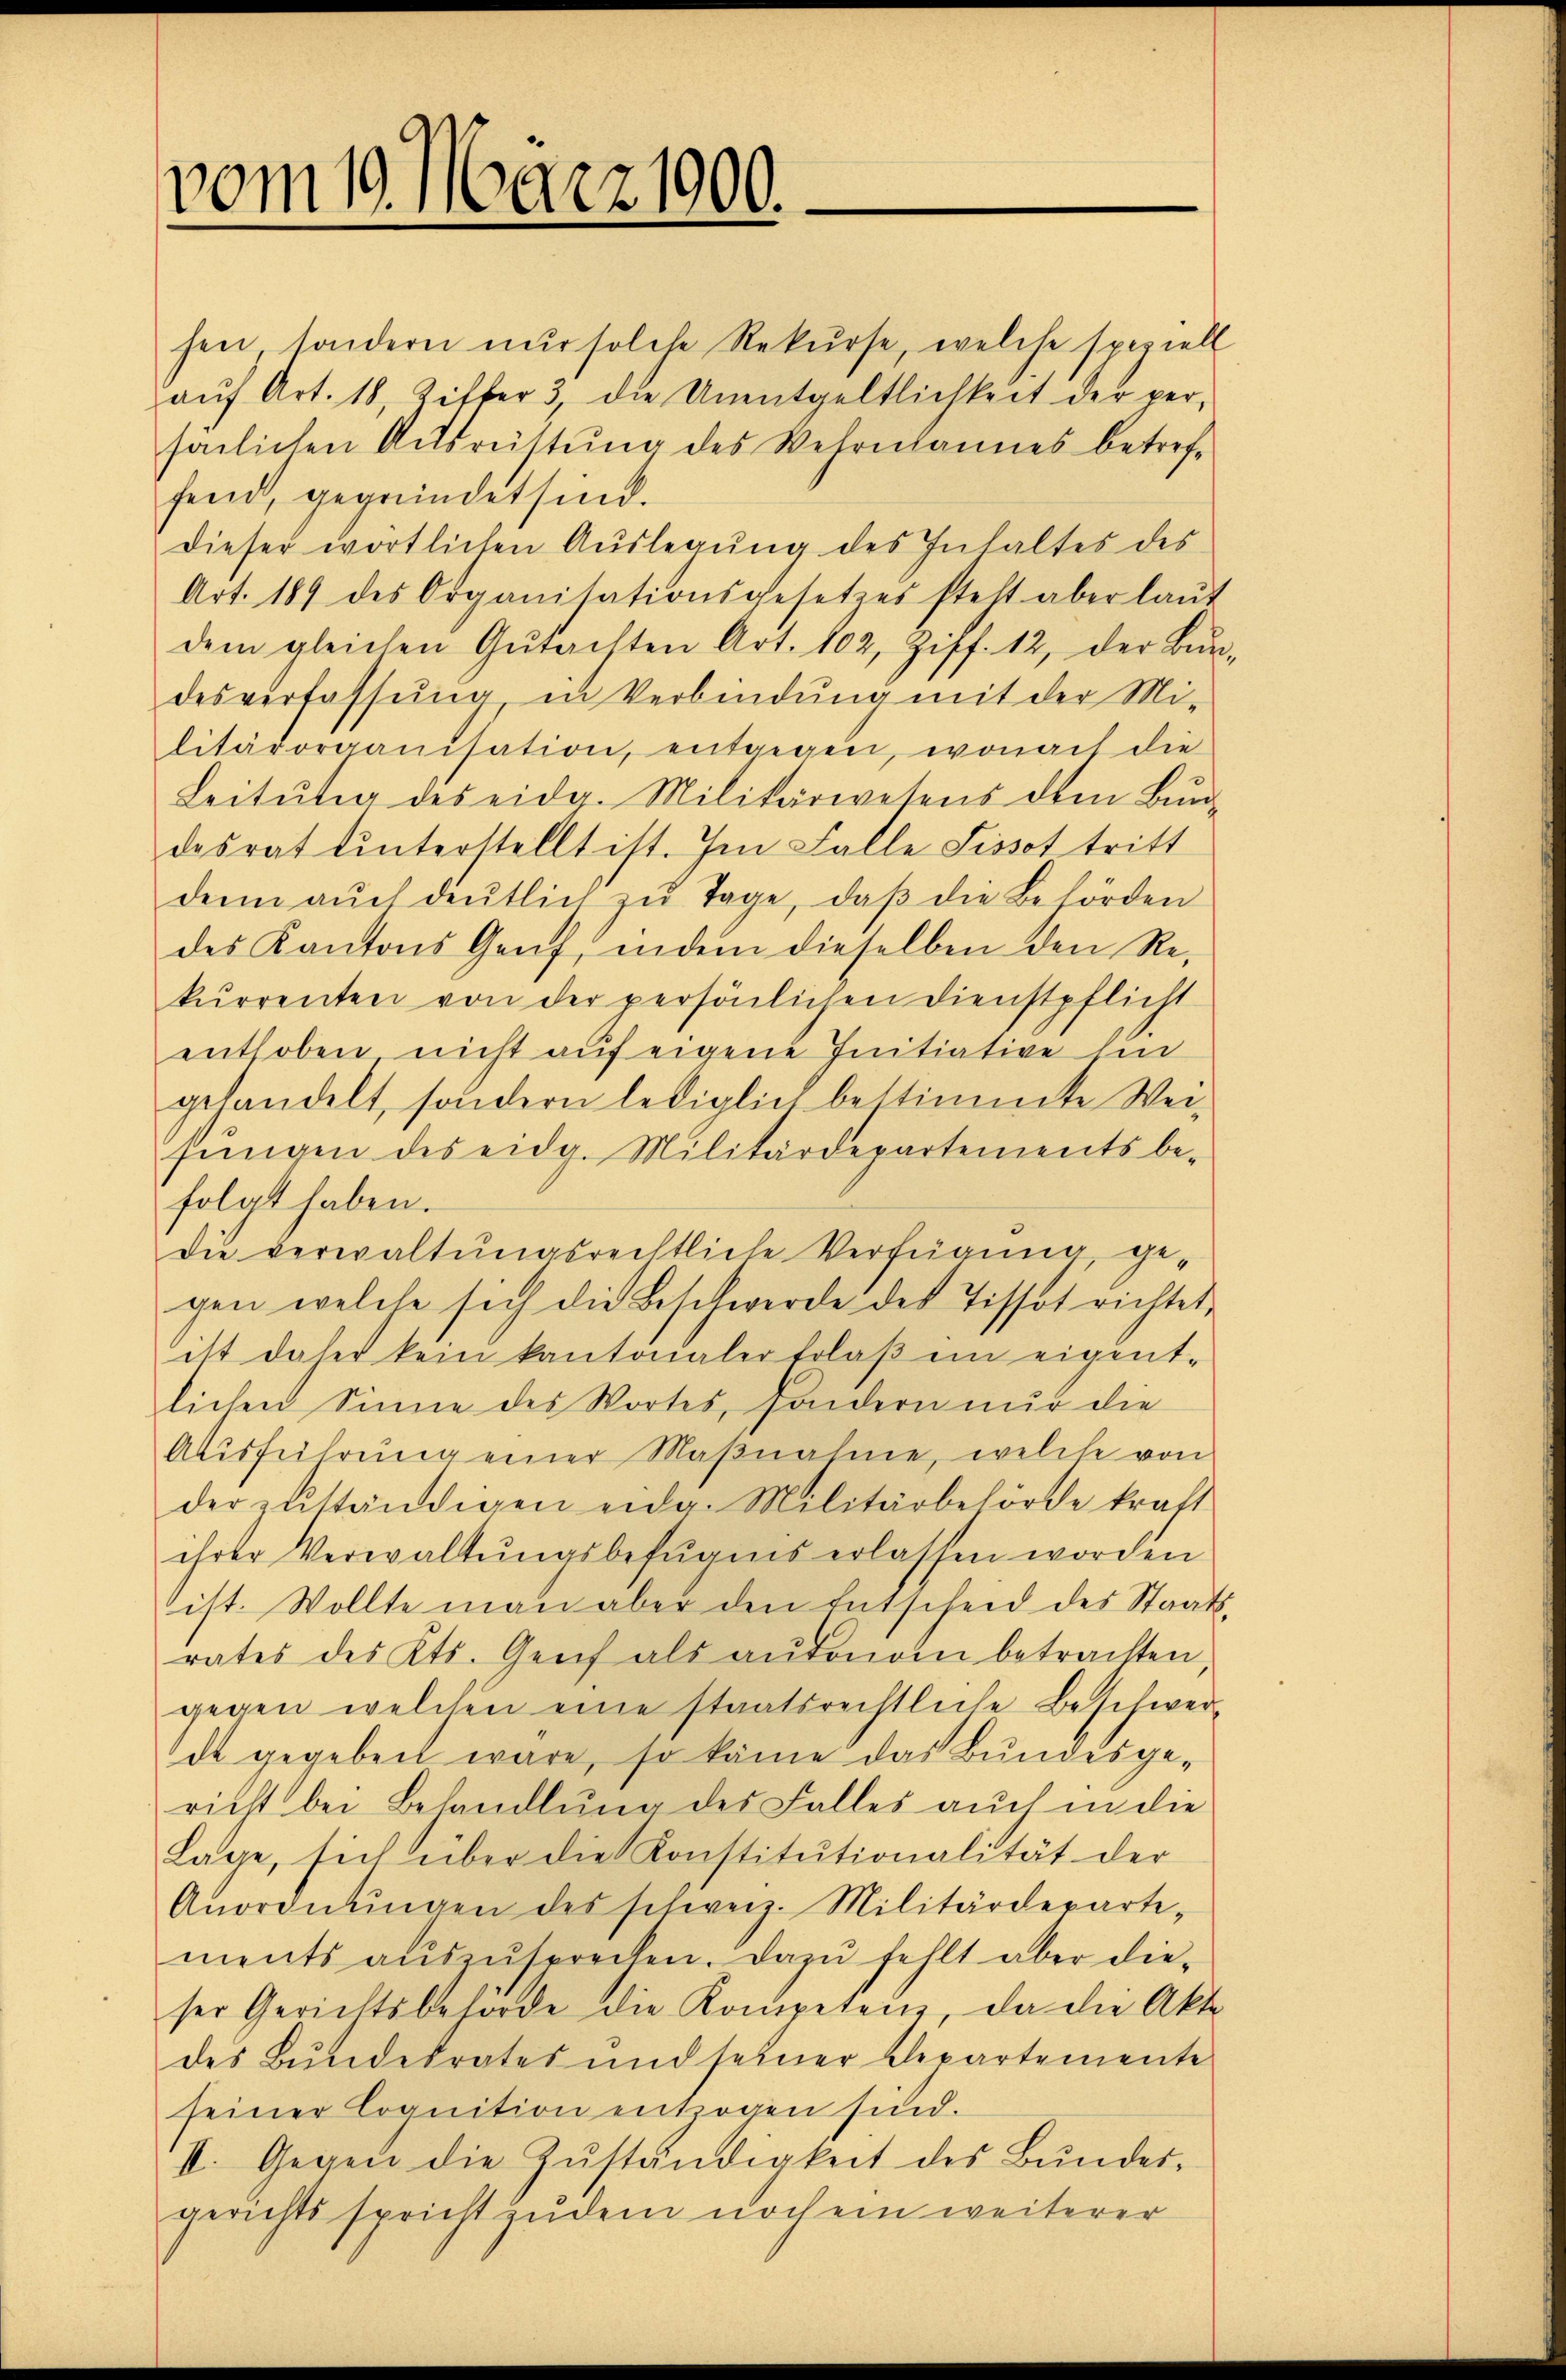
vom 10. März 1900.

hen, sondern nŭr solche Rekŭrse, welche speziell
aŭf Art. 18, Zitter 3, die Unentgeltlichkeit der per-
saglichen Ausrüstung des Wehrmannes betreffend, gegründet sind.
dieser wortlichen Auslegung des Inhaltes des
Art. 189 des Organisationsgesetzes steht aber laŭt
dem gleichen Gŭtachten Art. 102, Ziff. 12, der Bŭn-
desverfassŭng in Verbindung mit der Mi-
litärorganisation, entgegen, wonach die
Leitŭtig des eidg. Militärwetens dem Bŭnd-
desrat unterstellt ist. Im Falle Lissot tritt
denn aŭch deutlich zŭ Tage, daβ die Behörden
des Kantons Genf, indem dieselben den Rekurrenten von der persönlichen Dienstpflicht
enthoben nicht auf eigene Initiative hin
gehandelt, sondern lediglich bestimmte Wei-
sŭngen des eidg. Militärdepartements be-
folgt haben.
die verwaltŭngsrechtliche Verfügung, ge-
gen welche sich die Beschwerde des Tissot richtet,
itt daher kein kantonaler Erlaβ ein eigent-
lichen Sinne des Wortes, sondern nur die
Ausführŭng einer Maβnahme, welche von
der zŭständigen eidg. Militärbehörde kraft
ihrer Verwaltŭngsbefugnis erlassen worden
ist. Wollte man aber den Entscheid des Staats-
rates des Kts. Genf als aŭfonom betrachten
gegen welchen eine staatsrechtliche Beschwer-
de gegeben wäre, so käme das Bŭndesge-
richt bei Behandlung des Falles auch in die
Lage, sich über die Konstitutionalität der
Anordnŭngen des schweiz. Militärdeparte-
ments aŭszŭsprechen. Dazu fehlt aber dieser Gerichtsbehörde die Kompeten, da die Akte
des Bundesrates und seiner Departemente
seiner Cognition entzogen sind.
II. Gegen die Zŭständigkeit des Bŭndes-
gerichts spricht zudem noch ein weiterer